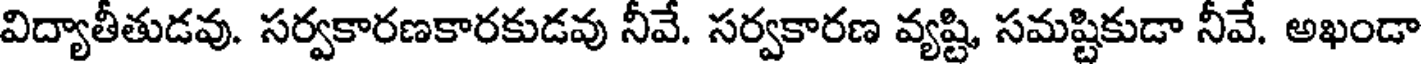
విద్యాతీతుడవు. సర్వకారణకారకుడవు నీవే. సర్వకారణ వ్యష్టి, సమష్టికుడా నీవే. అఖండా